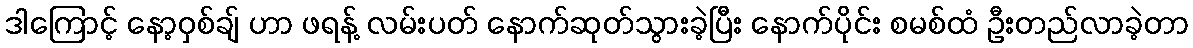
ဒါကြောင့် နော့ဝှစ်ချ် ဟာ ဖရန့် လမ်းပတ် နောက်ဆုတ်သွားခဲ့ပြီး နောက်ပိုင်း စမစ်ထံ ဦးတည်လာခဲ့တာ